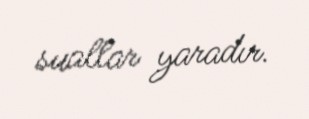
suallar yaradır.